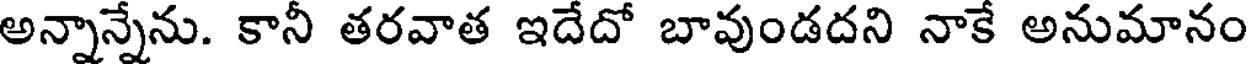
అన్నాన్నేను. కానీ తరవాత ఇదేదో బావుండదని నాకే అనుమానం